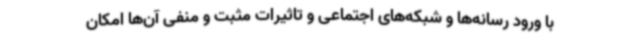
با ورود رسانه‌ها و شبکه‌های اجتماعی و تاثیرات مثبت و منفی آن‌ها امکان